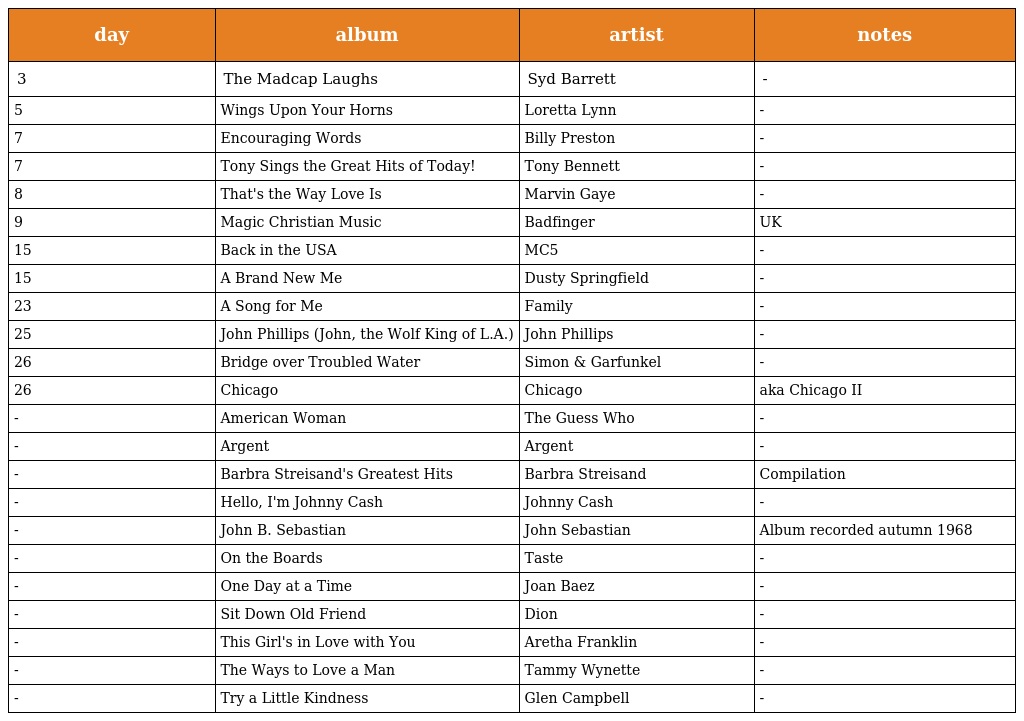
| day | album | artist | notes |
 | --- | --- | --- | --- |
 | 3 | The Madcap Laughs | Syd Barrett | - |
 | 5 | Wings Upon Your Horns | Loretta Lynn | - |
 | 7 | Encouraging Words | Billy Preston | - |
 | 7 | Tony Sings the Great Hits of Today! | Tony Bennett | - |
 | 8 | That's the Way Love Is | Marvin Gaye | - |
 | 9 | Magic Christian Music | Badfinger | UK |
 | 15 | Back in the USA | MC5 | - |
 | 15 | A Brand New Me | Dusty Springfield | - |
 | 23 | A Song for Me | Family | - |
 | 25 | John Phillips (John, the Wolf King of L.A.) | John Phillips | - |
 | 26 | Bridge over Troubled Water | Simon & Garfunkel | - |
 | 26 | Chicago | Chicago | aka Chicago II |
 | - | American Woman | The Guess Who | - |
 | - | Argent | Argent | - |
 | - | Barbra Streisand's Greatest Hits | Barbra Streisand | Compilation |
 | - | Hello, I'm Johnny Cash | Johnny Cash | - |
 | - | John B. Sebastian | John Sebastian | Album recorded autumn 1968 |
 | - | On the Boards | Taste | - |
 | - | One Day at a Time | Joan Baez | - |
 | - | Sit Down Old Friend | Dion | - |
 | - | This Girl's in Love with You | Aretha Franklin | - |
 | - | The Ways to Love a Man | Tammy Wynette | - |
 | - | Try a Little Kindness | Glen Campbell | - |